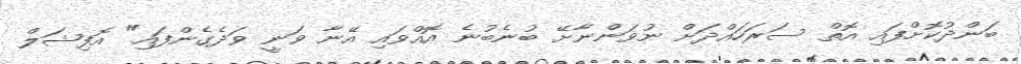
ބަންދުކޮށްފައި އޮތް ސަރަހައްދަށް ނުވަންނާށޭ ބުނެބުނެ އޮއްވައި އޭނާ ވަނީ ވަދެގެންފައި" އޮފިޝަލް